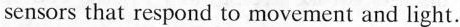
sensors that respond to movement and light.